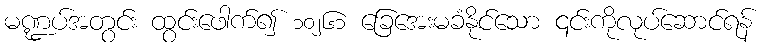
မဏ္ဍပ်အတွင်း ထွင်းဖေါက်၍ ၁၀၂၆၁ ခြေအေးမခံနိုင်သော ၎င်းကိုလုပ်ဆောင်ရန်